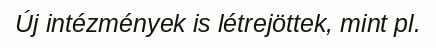
Új intézmények is létrejöttek, mint pl.